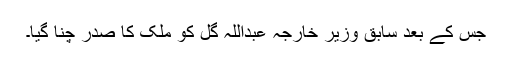
جس کے بعد سابق وزیر خارجہ عبداللہ گل کو ملک کا صدر چنا گیا۔